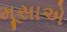
મૂસાએ